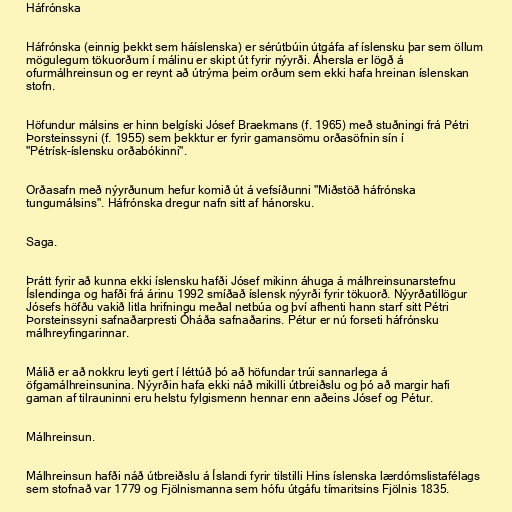
Háfrónska

Háfrónska (einnig þekkt sem háíslenska) er sérútbúin útgáfa af íslensku þar sem öllum
mögulegum tökuorðum í málinu er skipt út fyrir nýyrði. Áhersla er lögð á
ofurmálhreinsun og er reynt að útrýma þeim orðum sem ekki hafa hreinan íslenskan
stofn.

Höfundur málsins er hinn belgíski Jósef Braekmans (f. 1965) með stuðningi frá Pétri
Þorsteinssyni (f. 1955) sem þekktur er fyrir gamansömu orðasöfnin sín í
"Pétrísk–íslensku orðabókinni".

Orðasafn með nýyrðunum hefur komið út á vefsíðunni "Miðstöð háfrónska
tungumálsins". Háfrónska dregur nafn sitt af hánorsku.

Saga.

Þrátt fyrir að kunna ekki íslensku hafði Jósef mikinn áhuga á málhreinsunarstefnu
Íslendinga og hafði frá árinu 1992 smíðað íslensk nýyrði fyrir tökuorð. Nýyrðatillögur
Jósefs höfðu vakið litla hrifningu meðal netbúa og því afhenti hann starf sitt Pétri
Þorsteinssyni safnaðarpresti Óháða safnaðarins. Pétur er nú forseti háfrónsku
málhreyfingarinnar.

Málið er að nokkru leyti gert í léttúð þó að höfundar trúi sannarlega á
öfgamálhreinsunina. Nýyrðin hafa ekki náð mikilli útbreiðslu og þó að margir hafi
gaman af tilrauninni eru helstu fylgismenn hennar enn aðeins Jósef og Pétur.

Málhreinsun.

Málhreinsun hafði náð útbreiðslu á Íslandi fyrir tilstilli Hins íslenska lærdómslistafélags
sem stofnað var 1779 og Fjölnismanna sem hófu útgáfu tímaritsins Fjölnis 1835.